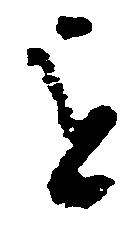
を